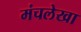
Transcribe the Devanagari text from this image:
मंचलेखा